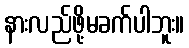
နားလည်ဖို့မခက်ပါဘူး။